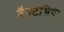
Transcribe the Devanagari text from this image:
बैक्टभ्रिया